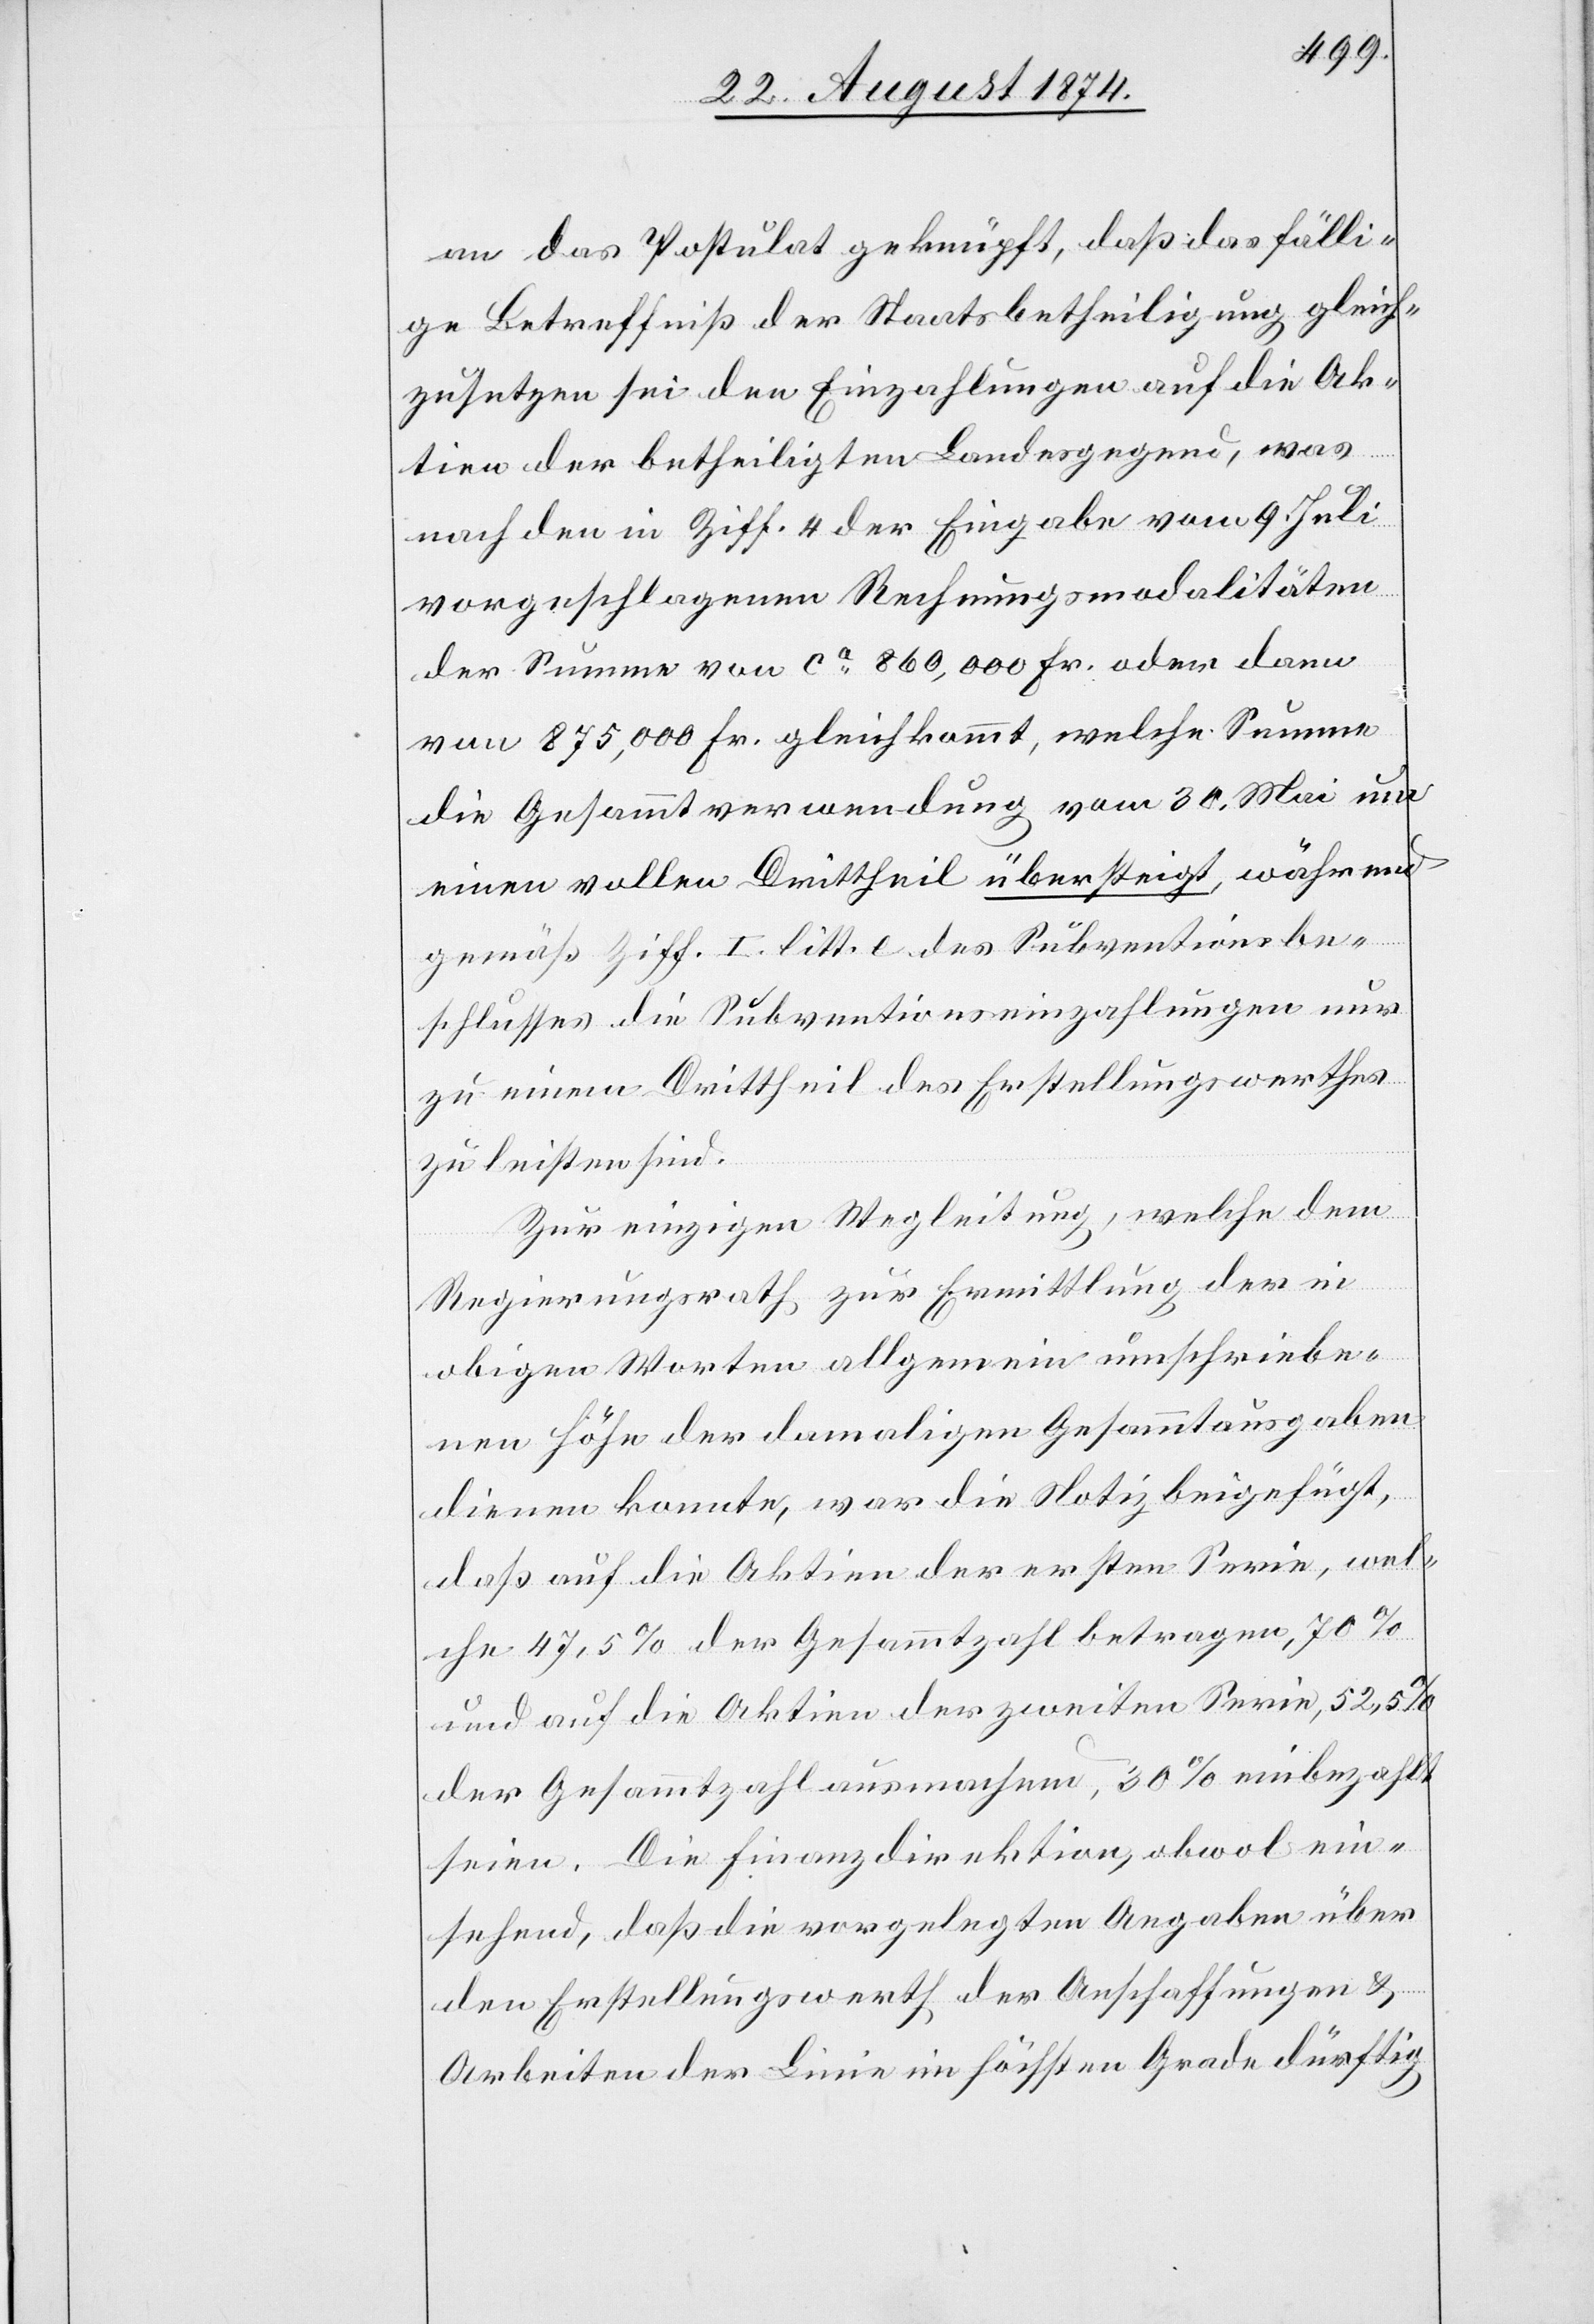
an das Postulat geknüpft, daß das fälli¬
ge Betreffniß der Staatsbetheiligung gleich¬
zusetzen sei den Einzahlungen auf die Ak¬
tien der betheiligten Landesgegend, was
nach den in Ziff. 4 der Eingabe vom 9. Juli
vorgeschlagenen Rechnungsmodalitäten
der Summe von ca 860,000 Fr. oder dann
von 875,000 Fr. gleichkommt, welche Summe
die Gesammtverwendung vom 30. Mai um
einen vollen Drittheil übersteigt, während
gemäß Ziff. I. litt. e. des Subventionsbe¬
schlusses die Subventionseinzahlungen nur
zu einem Drittheil des Erstellungswerthes
zu leisten sind.
Zur einzigen Wegleitung, welche dem
Regierungsrath zur Ermittlung der in
obigen Worten allgemein umschriebe¬
nen Höhe der damaligen Gesammtausgaben
dienen konnte, war die Notiz beigefügt,
daß auf die Aktien der ersten Serie, wel¬
che 47,5% der Gesammtzahl betragen, 70%
und auf die Aktien der zweiten Serie, 52,5%
der Gesammtzahl ausmachen, 30% einbezahlt
seien. Die Finanzdirektion, obwol ein¬
sehend, daß die vorgelegten Angaben über
den Erstellungswerth der Anschaffungen u.
Arbeiten der Linie im höchsten Grade dürftig